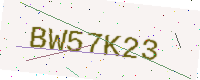
Text: BW57K23